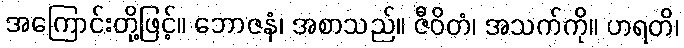
အကြောင်းတို့ဖြင့်။ ဘောဇနံ၊ အစာသည်။ ဇီဝိတံ၊ အသက်ကို။ ဟရတိ၊